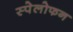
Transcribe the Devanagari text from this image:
स्पेलोफन